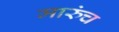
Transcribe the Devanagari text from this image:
मारुंच